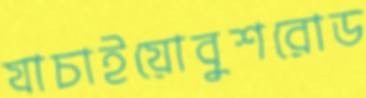
যাচাইয়োবুশরোড